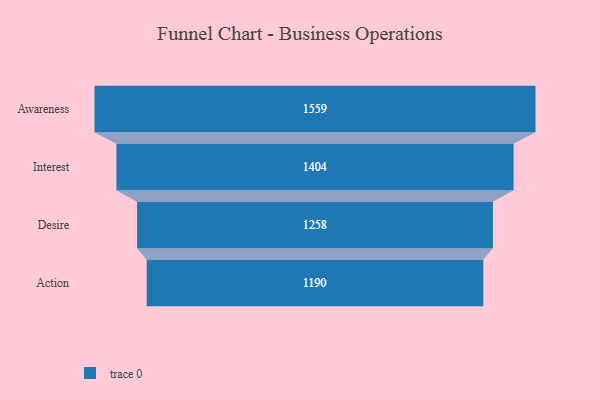
{"axis": {"x": "Stage", "y": "Value"}, "legend": [""], "data": [{"x": "Awareness", "y": 1559.0, "type": ""}, {"x": "Interest", "y": 1404.0, "type": ""}, {"x": "Desire", "y": 1258.0, "type": ""}, {"x": "Action", "y": 1190.0, "type": ""}]}